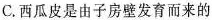
C.西瓜皮是由子房壁发育而来的